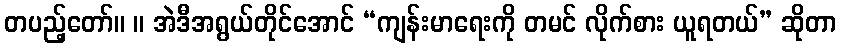
တပည့်တော်။ ။ အဲဒီအရွယ်တိုင်အောင် “ကျန်းမာရေးကို တမင် လိုက်စား ယူရတယ်” ဆိုတာ